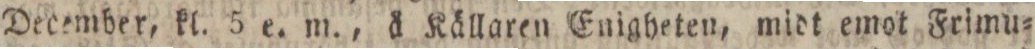
December, kl. 5 e. m., å Källaren Enigheten, midt emot Frimu=